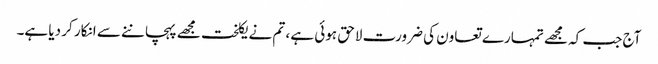
آج جب کہ مجھے تمہارے تعاون کی ضرورت لاحق ہوئی ہے ، تم نے یکلخت مجھے پہچاننے سے انکار کر دیا ہے۔